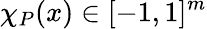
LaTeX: \chi_{P}(x)\in[-1,1]^{m}